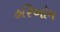
હરિઓમ